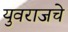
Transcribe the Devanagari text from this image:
युवराजचे